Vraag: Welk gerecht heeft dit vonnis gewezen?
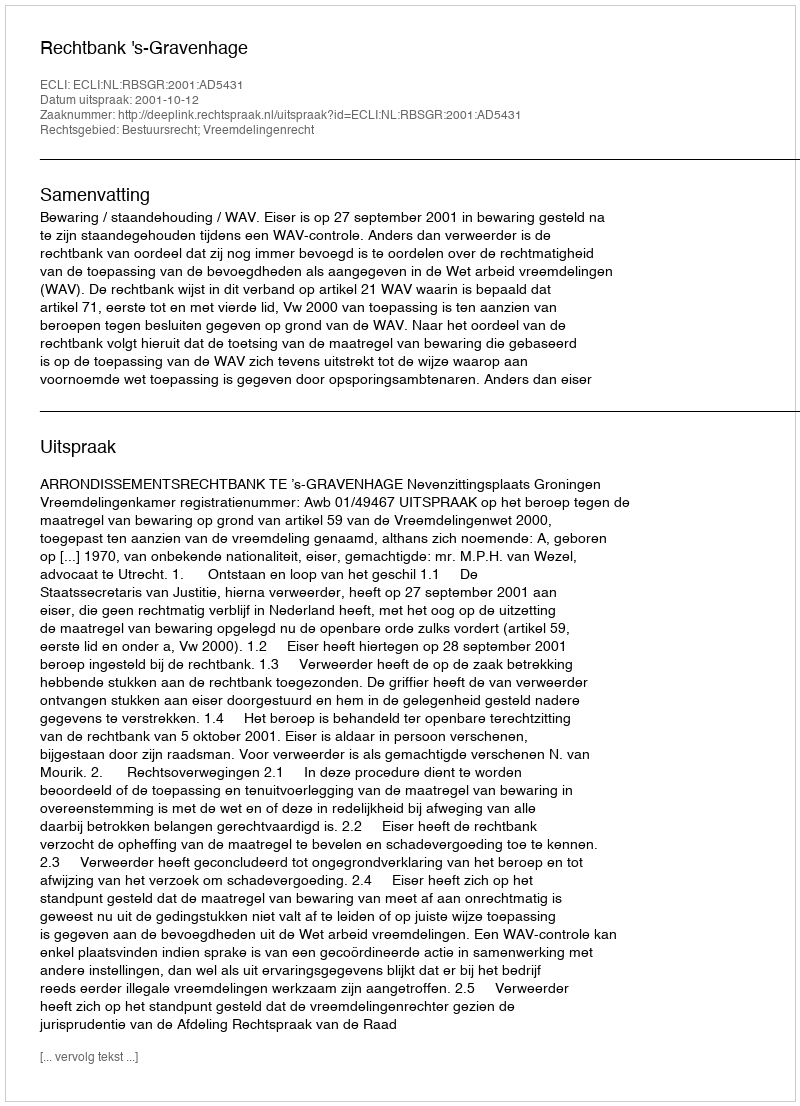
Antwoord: Rechtbank 's-Gravenhage